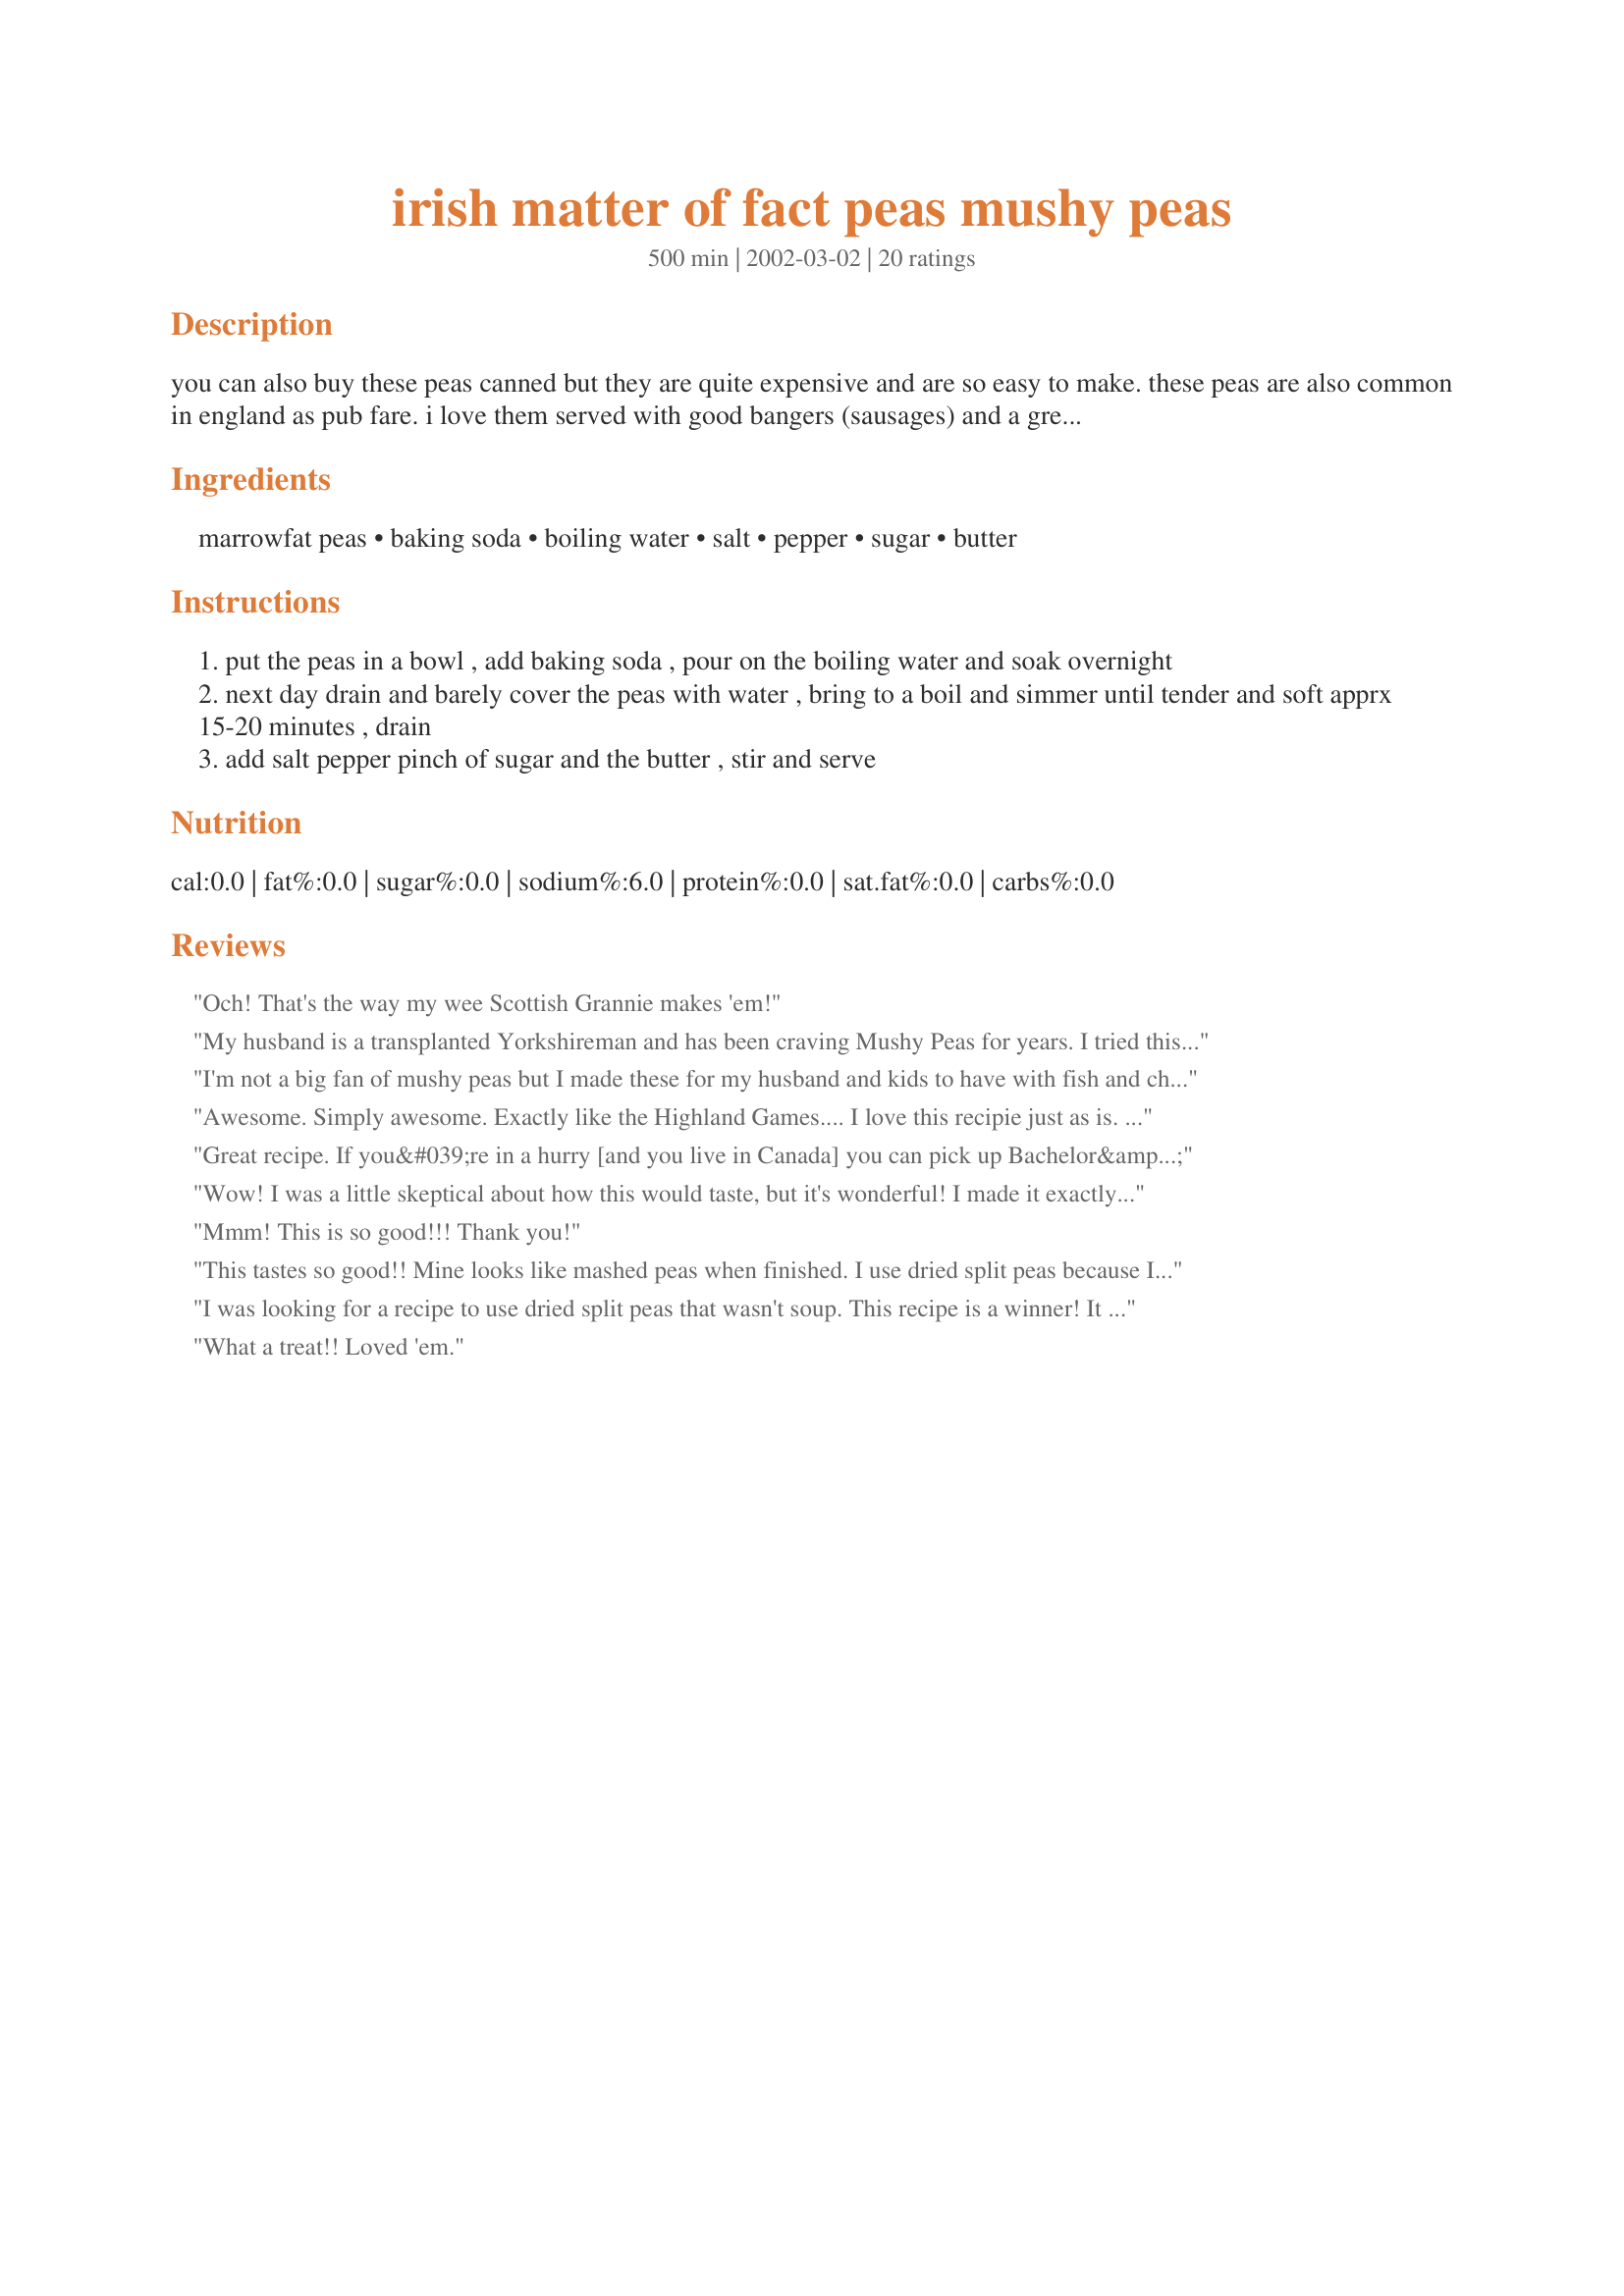
irish matter of fact peas mushy peas
Preparation time: 500 minutes

you can also buy these peas canned but they are quite expensive and are so easy to make. these peas are also common in england as pub fare. i love them served with good bangers (sausages) and a green saladwhat we call baking soda in canada is known elsewhere as bicarbonate of soda.

Ingredients:
marrowfat peas, baking soda, boiling water, salt, pepper, sugar, butter

Steps:
put the peas in a bowl , add baking soda , pour on the boiling water and soak overnight
next day drain and barely cover the peas with water , bring to a boil and simmer until tender and soft apprx 15-20 minutes , drain
add salt pepper pinch of sugar and the butter , stir and serve

Reviews:
Och! That's the way my wee Scottish Grannie makes 'em!
My husband is a transplanted Yorkshireman and has been craving Mushy Peas for years. I tried this recently when my in-laws were visiting and all three gave it full marks for being spot on even though I left out the pepper and butter and I cooked it much longer than the recipe states to get the right consistency. They compared it to Batchelor&#039;s brand (though not quite as neon green). Make sure you soak the peas for the full 24 hours - it does make a difference.
I'm not a big fan of mushy peas but I made these for my husband and kids to have with fish and chips and they thought they had died and gone to heaven. I followed the recipe exactly and they LOVED them!!!
Awesome. Simply awesome. Exactly like the Highland Games.... I love this recipie just as is. My family's reactions: my wife (Norwegian) made a face; so did my daughter. However, my son suggested just a tad more sugar and he'd be happy (go figure.) Such a good Celtic lad.... I score this a win.


Great recipe. If you&#039;re in a hurry [and you live in Canada] you can pick up Bachelor&#039;s Quick Soak Mushy Peas at any supermarket. They&#039;re almost as good and they only take 2 hours.
Wow! I was a little skeptical about how this would taste, but it's wonderful! I made it exactly to the recipe and we all loved it. The smooth, creamy, mushy texture is pure comfort food. Served with malt vinegar like others suggested - yum!
Mmm! This is so good!!! Thank you!
This tastes so good!! Mine looks like mashed peas when finished. I use dried split peas because I haven't found anything labeled split marrow-fat peas (Maybe the same thing??) So simple and such comfort food. This is a great side dish for almost anything.
I was looking for a recipe to use dried split peas that wasn't soup. This recipe is a winner! It not only is an ultimate in comfort food, but can also be flavored in many different ways. I've made it 3 times in 2 weeks already. I haven't tried it with sugar yet, although I intend to. I read that adding mint is traditional for this dish and will try that. I also read that adding malt vinegar is common. Our local market doesn't have malt vinegar, but I can attest that balsamic vinegar tastes great on this! Adding favorites spices, garlic, more pepper - all good! Adding leftover shredded chicken, sour cream, salsa and tortilla chips - fabulous. I love it plain, too.
What a treat!! Loved 'em.
We do love these in Ireland, although for as long as I can remember they've always been splashed with malt brown vinegar when they're hot. They're still lovely without it though.
yup thats the ticket excellent Happy burns night to you
We enjoyed these very much! I think the secret is to boil them for long enough that, when you stir them, they start to disintegrate - then they're ready!
I added a splash of malt (& a splash of balsamic) vinegar so they tasted more like the ones we get from the chip shop!
We can buy tins of these quite cheaply here in the UK, but these taste far better! Thanks Bergy!!
Thanks Bergy for posting this recipe! I used to have it, but I cannot find it as it was written down on a scrap of paper! I made these on Friday - 'photo to follow....they were great, very authentic! I ALWAYS add a splash of Malt Vinegar for a truly British taste to mine; I don't have to beg all my family & friends to bring "Chip Shop Mushy Peas" over when they come now....or sit with boxes of them on my lap when travelling by car to/from the UK!
Great recipe - it's in my Fish & Chip Menu already.
Tastes good with potato. Mint and garlic are recommended.
Made for the St. Patrick's Day Menu Challenge. These don't smell so good when you make them, but taste great! I'm wondering if I did something wrong since when I boiled them, the shells popped off, so it was a bowl of half peas and half shells. The other chef's photos posted look more like split peas. The flavor was great though - tastier than your average peas!
oh thank you!as a brit living in canada i really missed mushy peas,thanks again for posting!!
Extremely easy but definitely much better with Tabasco for zip !!
DH is british and he missed these desperatly... I added a bit of garlic before simmering. It gave it a great kick. I love how these are thicker than the canned ones we get at a Scottish/British grocery shop, the flavor is so much better too! Yum!
Found your site whilst searching for a genuine English (or Irish) Mushy peas recipe. I'm and ex-pat Brit. Have been living in USA for 25 years. Had a sudden craving for mushy peas. My American wife from the cornbread and grits belt says mushy peas sound yucky. Philistines.
Thanks.
